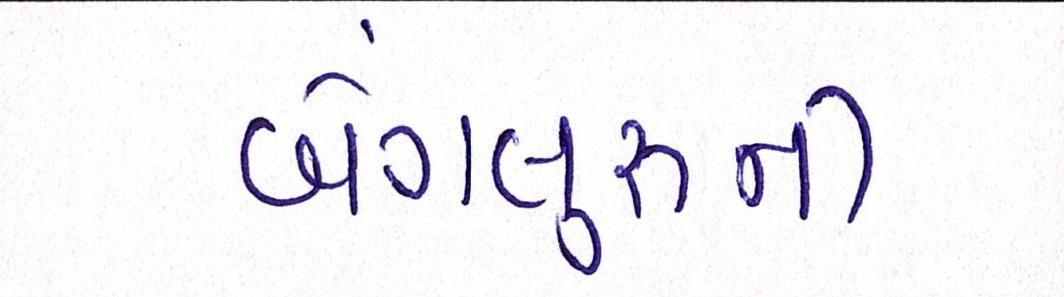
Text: બેંગલુરૂની